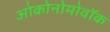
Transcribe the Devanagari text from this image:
ओकोनोमोवॉक